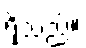
ရှိသည်။